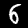
Label: 6